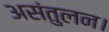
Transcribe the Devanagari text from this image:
असंतुलन।